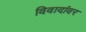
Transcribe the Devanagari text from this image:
विवादांवर